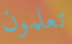
تعلمون